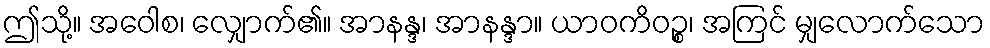
ဤသို့။ အဝေါစ၊ လျှောက်၏။ အာနန္ဒ၊ အာနန္ဒာ။ ယာဝကိဝဉ္စ၊ အကြင် မျှလောက်သော